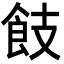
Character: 𩚡